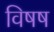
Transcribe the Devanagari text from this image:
विषष